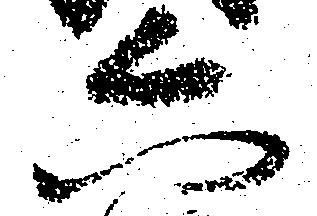
六